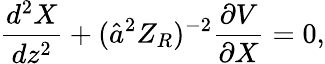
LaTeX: \frac{d^{2}X}{dz^{2}}+(\hat{a}^{2}Z_{R})^{-2}\frac{\partial V}{\partial X}=0,